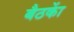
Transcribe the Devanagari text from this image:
बैठकाें